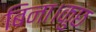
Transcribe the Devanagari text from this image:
बिना।कुछ